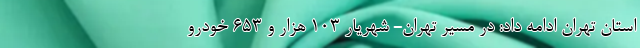
استان تهران ادامه داد: در مسیر تهران- شهریار ۱۰۳ هزار و ۶۵۳ خودرو